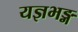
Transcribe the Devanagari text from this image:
यज्ञभङ्ग